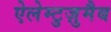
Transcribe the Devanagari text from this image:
ऐलेम्टुज़ुमैब